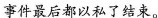
事件最后都以私了结束。